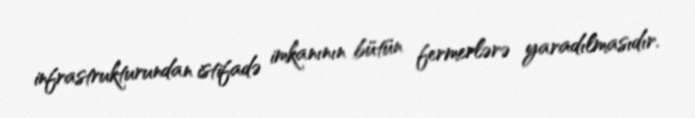
infrastrukturundan istifadə imkanının bütün fermerlərə yaradılmasıdır.